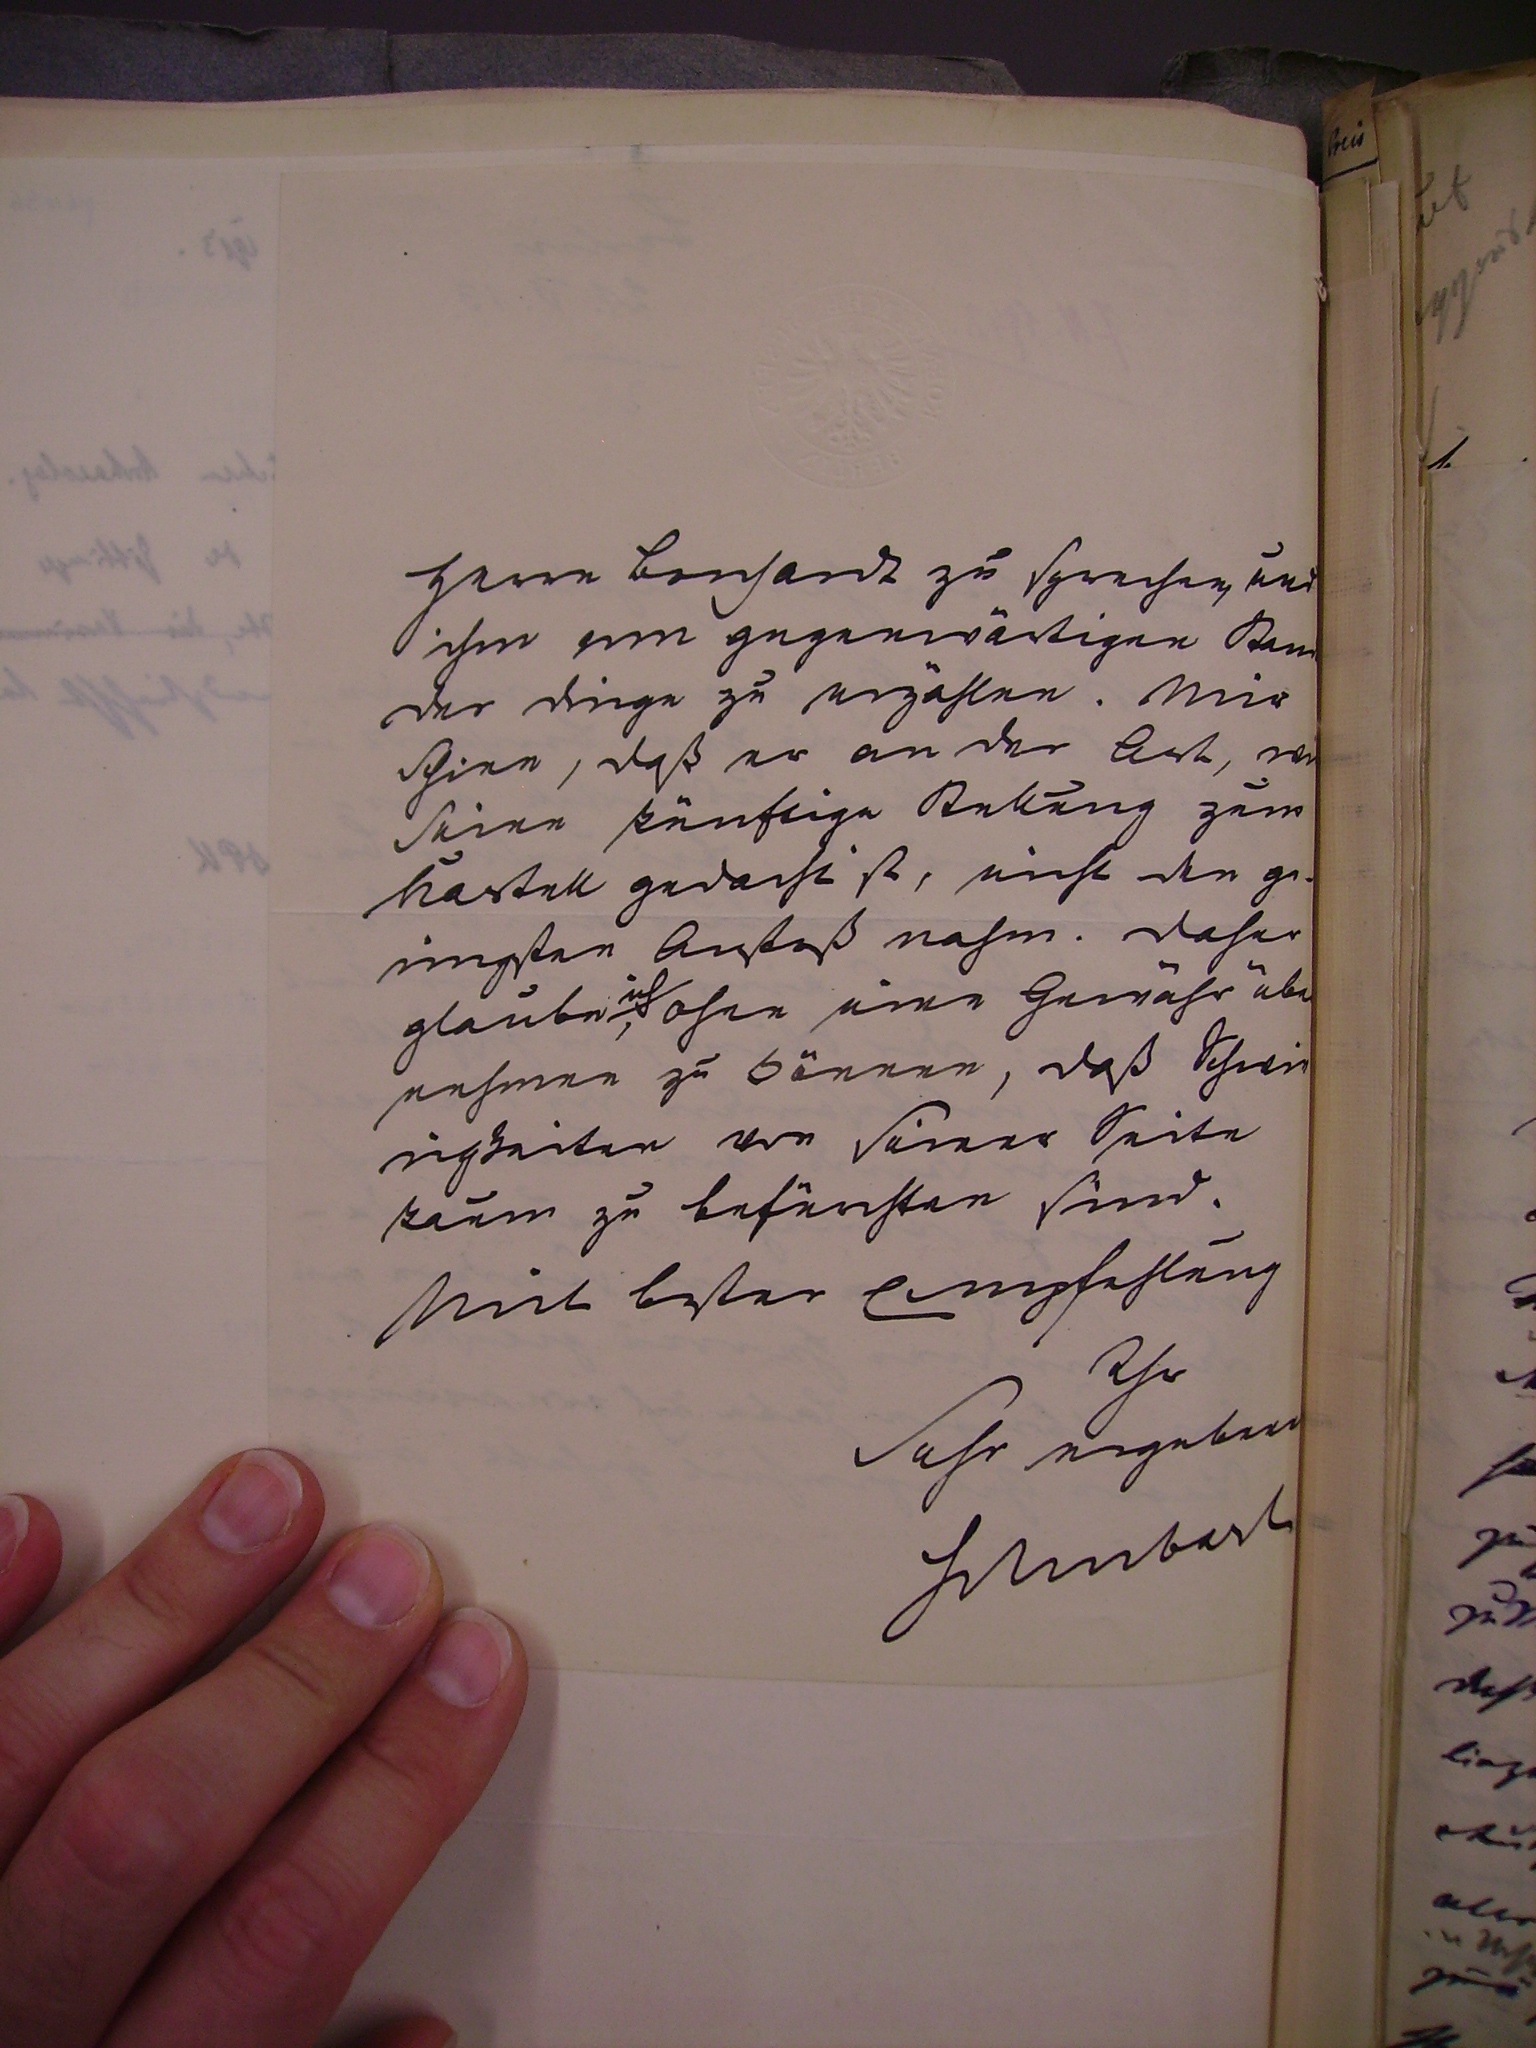
Herrn Borchardt zu sprechen, und
ihm vom gegenwärtigen Stand
der dinge zu erzählen. Mir
schien, daß er an der Art, wie
seine künftige stellung zum
Kartell gedacht ist, nicht den ge¬
ringsten Anstoß nahm. dafür
glaube ich, ohne eine Gewähr über
nehmen zu können, daß Schwie
rigkeiten von seiner Seite
kaum zu befürchten sind.
Mit bester Empfehlung
Ihr
Sehr ergebener
Schubart